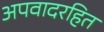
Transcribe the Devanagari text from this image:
अपवादरहित